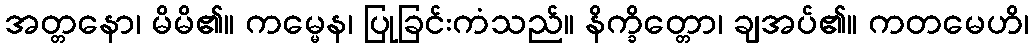
အတ္တနော၊ မိမိ၏။ ကမ္မေန၊ ပြုခြင်းကံသည်။ နိက္ခိတ္တော၊ ချအပ်၏။ ကတမေဟိ၊